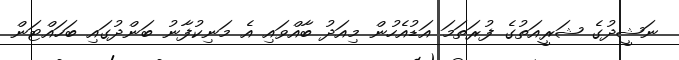
ނަޝީދުގެ ޝަރީއަތުގެ ފުރަތަމަ އަޑުއެހުން މިއަދު ބާއްވައި އެ މަނިކުފާނު ބަންދުގައި ބަހައްޓަން